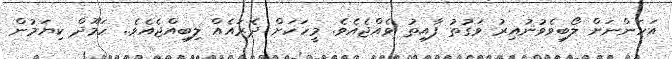
އަހަންނަށް ލޯބިވެވުނުއިރު ވަގުތު ފާއިތު ވެއްޖެއެވެ. މީހަކަށް ދެރައެއް ލިބިއްޖެއެވެ.. ހަމޫދް ކިޔަމުން